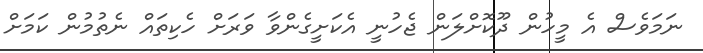
ނަމަވެސް އެ މީހުން ދޫކޮށްލަން ޖެހުނީ އެކަށީގެންވާ ވަރަށް ހެކިތައް ނެތުމުން ކަމަށް